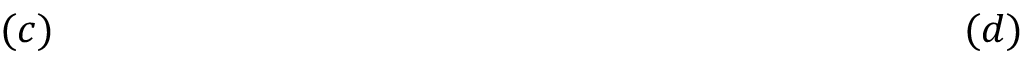
~ ~ ~ ~ ~ ~ ~ ~ ~ ~ ~ ~ ~ ~ ~ ~ ( c ) ~ ~ ~ ~ ~ ~ ~ ~ ~ ~ ~ ~ ~ ~ ~ ~ ~ ~ ~ ~ ~ ~ ~ ~ ~ ~ ~ ~ ~ ~ ~ ~ ~ ~ ~ ~ ~ ~ ~ ~ ~ ~ ~ ~ ~ ~ ~ ~ ~ ~ ~ ~ ~ ~ ~ ~ ~ ~ ~ ~ ~ ~ ~ ~ ~ ~ ~ ( d ) ~ ~ ~ ~ ~ ~ ~ ~